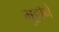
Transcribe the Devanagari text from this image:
भुट्टोने